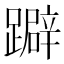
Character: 躃